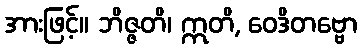
အားဖြင့်။ ဘိဇ္ဇတိ၊ ဣတိ, ဝေဒိတဗ္ဗော